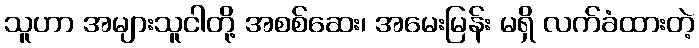
သူဟာ အများသူငါတို့ အစစ်ဆေး၊ အမေးမြန်း မရှိ လက်ခံထားတဲ့